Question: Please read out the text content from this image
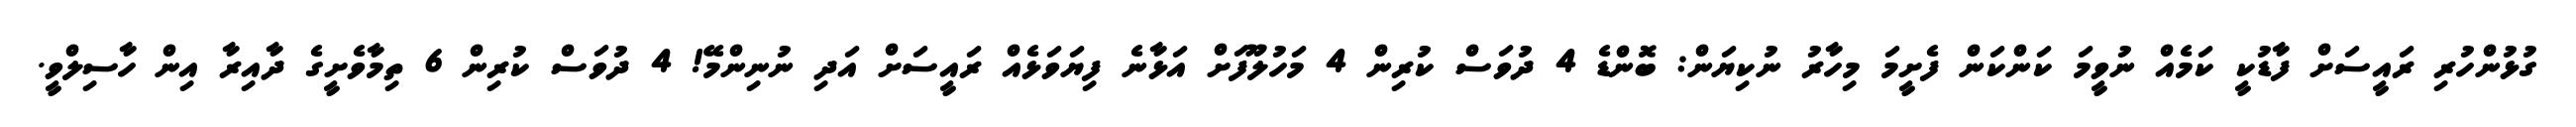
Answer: ގުޅުންހުރި ރައީސަށް ފާޑުކީ ކަމެއް ނުވީމަ ކަންކަން ފެށީމަ މިހާރު ނުކިޔަން: ބޮންޑެ 4 ދުވަސް ކުރިން 4 މަހުލޫފަށް އަޅާނެ ފިޔަވަޅެއް ރައީސަށް އަދި ނުނިންމޭ! 4 ދުވަސް ކުރިން 6 ތިމާވެށީގެ ދާއިރާ އިން ހާސިލްވީ.